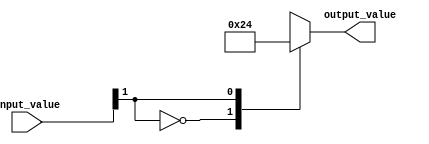
module casez_example(
    input [1:0] input_value,
    output reg [3:0] output_value
);

always @*
begin
    casez(input_value)
        2'b10? : output_value = 4'b0010; // Match if input_value is '10x'
        2'b01? : output_value = 4'b0100; // Match if input_value is '01x'
        2'b00? : output_value = 4'b1000; // Match if input_value is '00x'
        default: output_value = 4'b0000; // Default case
    endcase
end

endmodule